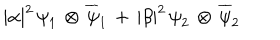
| { \alpha } | ^ { 2 } \, { \psi } _ { 1 } \, \otimes \, { \overline { { { \psi } } } _ { 1 } } \, + \, | { \beta } | ^ { 2 } \, { \psi } _ { 2 } \, \otimes \, { \overline { { { \psi } } } _ { 2 } }